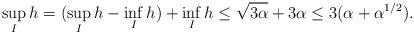
LaTeX: \begin{align*} \sup_I h = (\sup_I h - \inf_I h) + \inf_I h \le \sqrt{3\alpha} + 3\alpha \le 3(\alpha + \alpha^{1/2}). \end{align*}